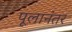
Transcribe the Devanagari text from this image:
पूलानंतर